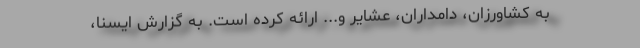
به کشاورزان، دامداران، عشایر و... ارائه کرده است. به گزارش ایسنا،